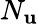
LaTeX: N_{\mathbf{u}}